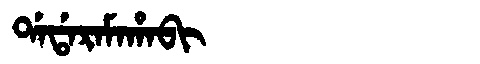
Manchu: ᡩᠠᡩᠠᡵᠠᠮᠠᡥᠠᠪᡳ
Romanization: DADARAMAHABI